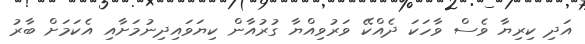
އަދި ކިރިޔާ ވެސް ވާހަކަ ދެއްކޭ ވަރުވިއްޔާ ގުރުއާން ކިޔަވައިދިނުމަށާއި އެކަމަށް ބާރު